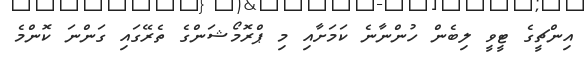
އިންޗީގެ ޓީވީ ލިބެން ހުންނާނެ ކަމަށާއި މި ޕްރޮމޯޝަންގެ ތެރޭގައި ގަންނަ ކޮންމެ